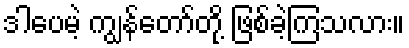
ဒါပေမဲ့ ကျွန်တော်တို့ ဖြစ်ခဲ့ကြသလား။